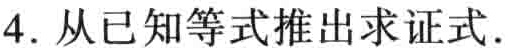
4. 从已知等式推出求证式.